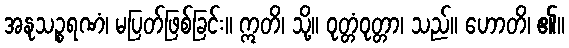
အနုသဉ္စရဏံ၊ မပြတ်ဖြစ်ခြင်း။ ဣတိ၊ သို့။ ဝုတ္တံဝုတ္တာ၊ သည်။ ဟောတိ၊ ၏။